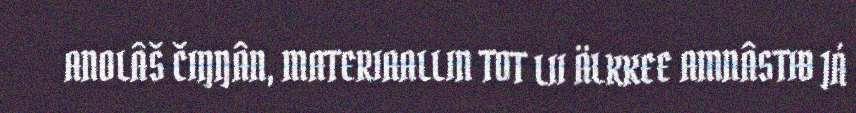
ANOLÂŠ ČIŊŊÂN, MATERIAALLIN TOT LII ÄLKKEE AMNÂSTIĐ JÁ